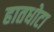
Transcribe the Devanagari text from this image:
हातधोटा